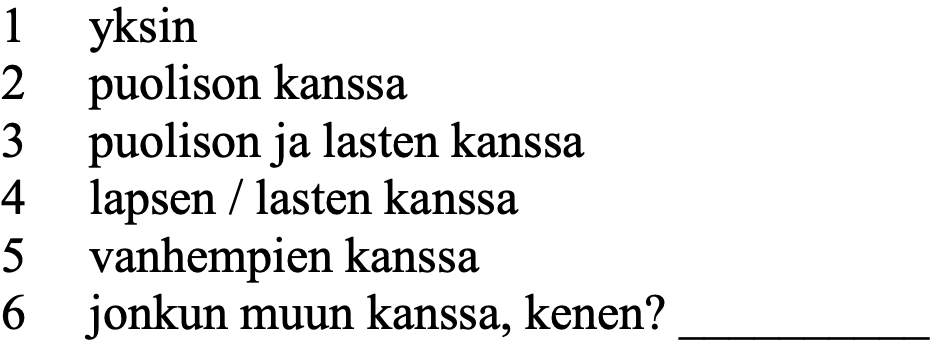
1  yksin 2  puolison kanssa 3  puolison ja lasten kanssa 4  lapsen / lasten kanssa 5  vanhempien kanssa 6  jonkun muun kanssa, kenen? __________